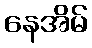
နေအိမ်